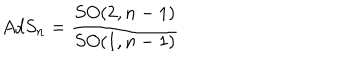
LaTeX: A d S _ { n } = \frac { S O ( 2 , n - 1 ) } { S O ( 1 , n - 1 ) }